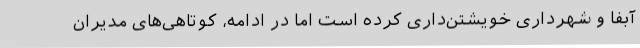
آبفا و شهرداری خویشتن‌داری کرده است اما در ادامه، کوتاهی‌های مدیران